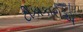
ટીકાકારોએ